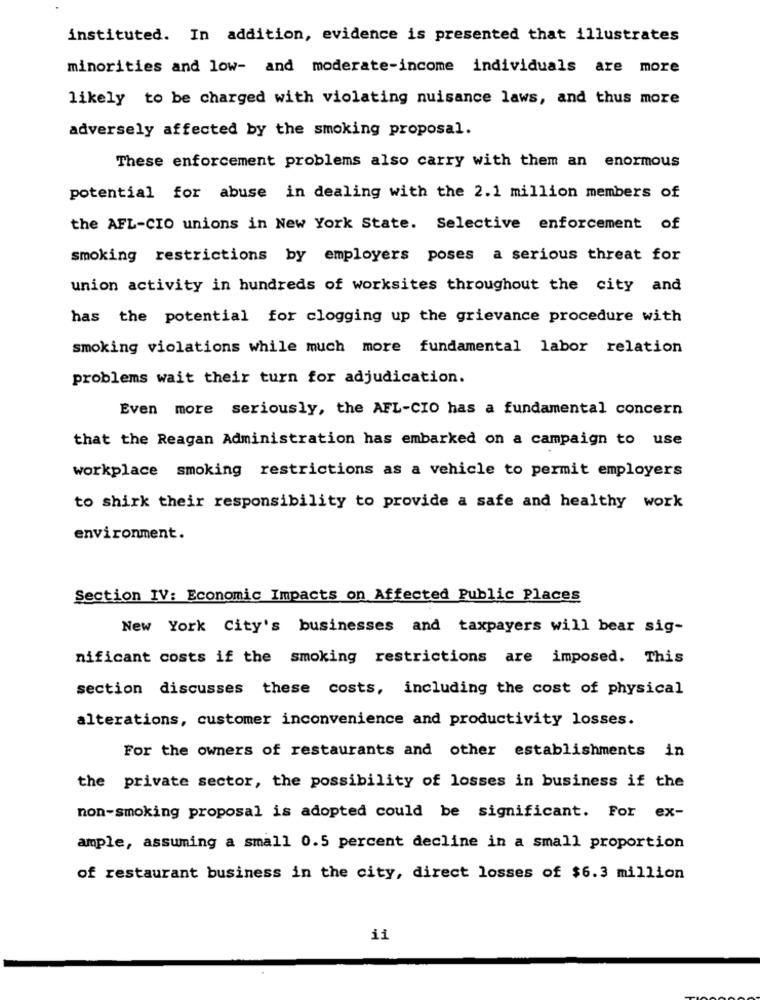
instituted. In addition, evidence is presented that illustrates
minorities and low- and moderate-income individuals are more
likely to be charged with violating nuisance laws, and thus more
adversely affected by the smoking proposal.
These enforcement problems also carry with them an enormous
potential for abuse in dealing with the 2.1 million members of
the AFL-CIO unions in New York State. Selective enforcement of
smoking restrictions by employers poses a serious threat for
union activity in hundreds of worksites throughout the city and
has the potential for clogging up the grievance procedure with
smoking violations while much more fundamental labor relation
problems wait their turn for adjudication.
Even more seriously, the AFL-CIO has a fundamental concern
that the Reagan Administration has embarked on a campaign to use
workplace smoking restrictions as a vehicle to permit employers
to shirk their responsibility to provide a safe and healthy work
environment.
Section IV: Economic Impacts on Affected Public Places
New York City's businesses and taxpayers will bear sig-
nificant costs if the smoking restrictions are imposed. This
section discusses these costs, including the cost of physical
alterations, customer inconvenience and productivity losses.
For the owners of restaurants and other establishments in
the private sector, the possibility of losses in business if the
non-smoking proposal is adopted could be significant. For ex-
ample, assuming a small 0.5 percent decline in a small proportion
of restaurant business in the city, direct losses of $6.3 million
ii